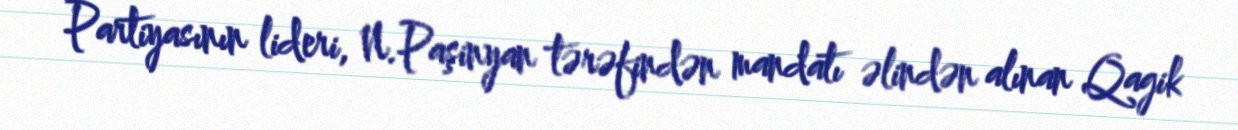
Partiyasının lideri, N.Paşinyan tərəfindən mandatı əlindən alınan Qagik